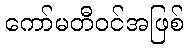
ကော်မတီဝင်အဖြစ်